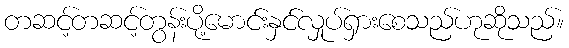
တဆင့်တဆင့်တွန်းပို့မောင်းနှင်လှုပ်ရှားစေသည်ဟုဆိုသည်။